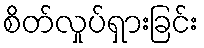
စိတ်လှုပ်ရှားခြင်း